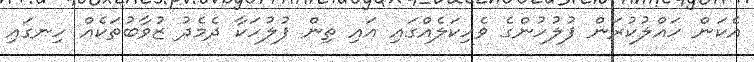
އެކަން ހައްލުކުރަން ފުލުހުންގެ ވެހިކަލެއްގައި އައި ތިން ފުލުހަކާ ދެމެދު ޒުވާބުތަކެއް ހިނގައި